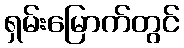
ရှမ်းမြောက်တွင်